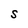
Character: S